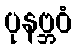
ပုနဗ္ဘဝံ